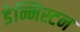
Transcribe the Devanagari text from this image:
डेन्निस्टन